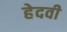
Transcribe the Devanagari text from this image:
हेदवी